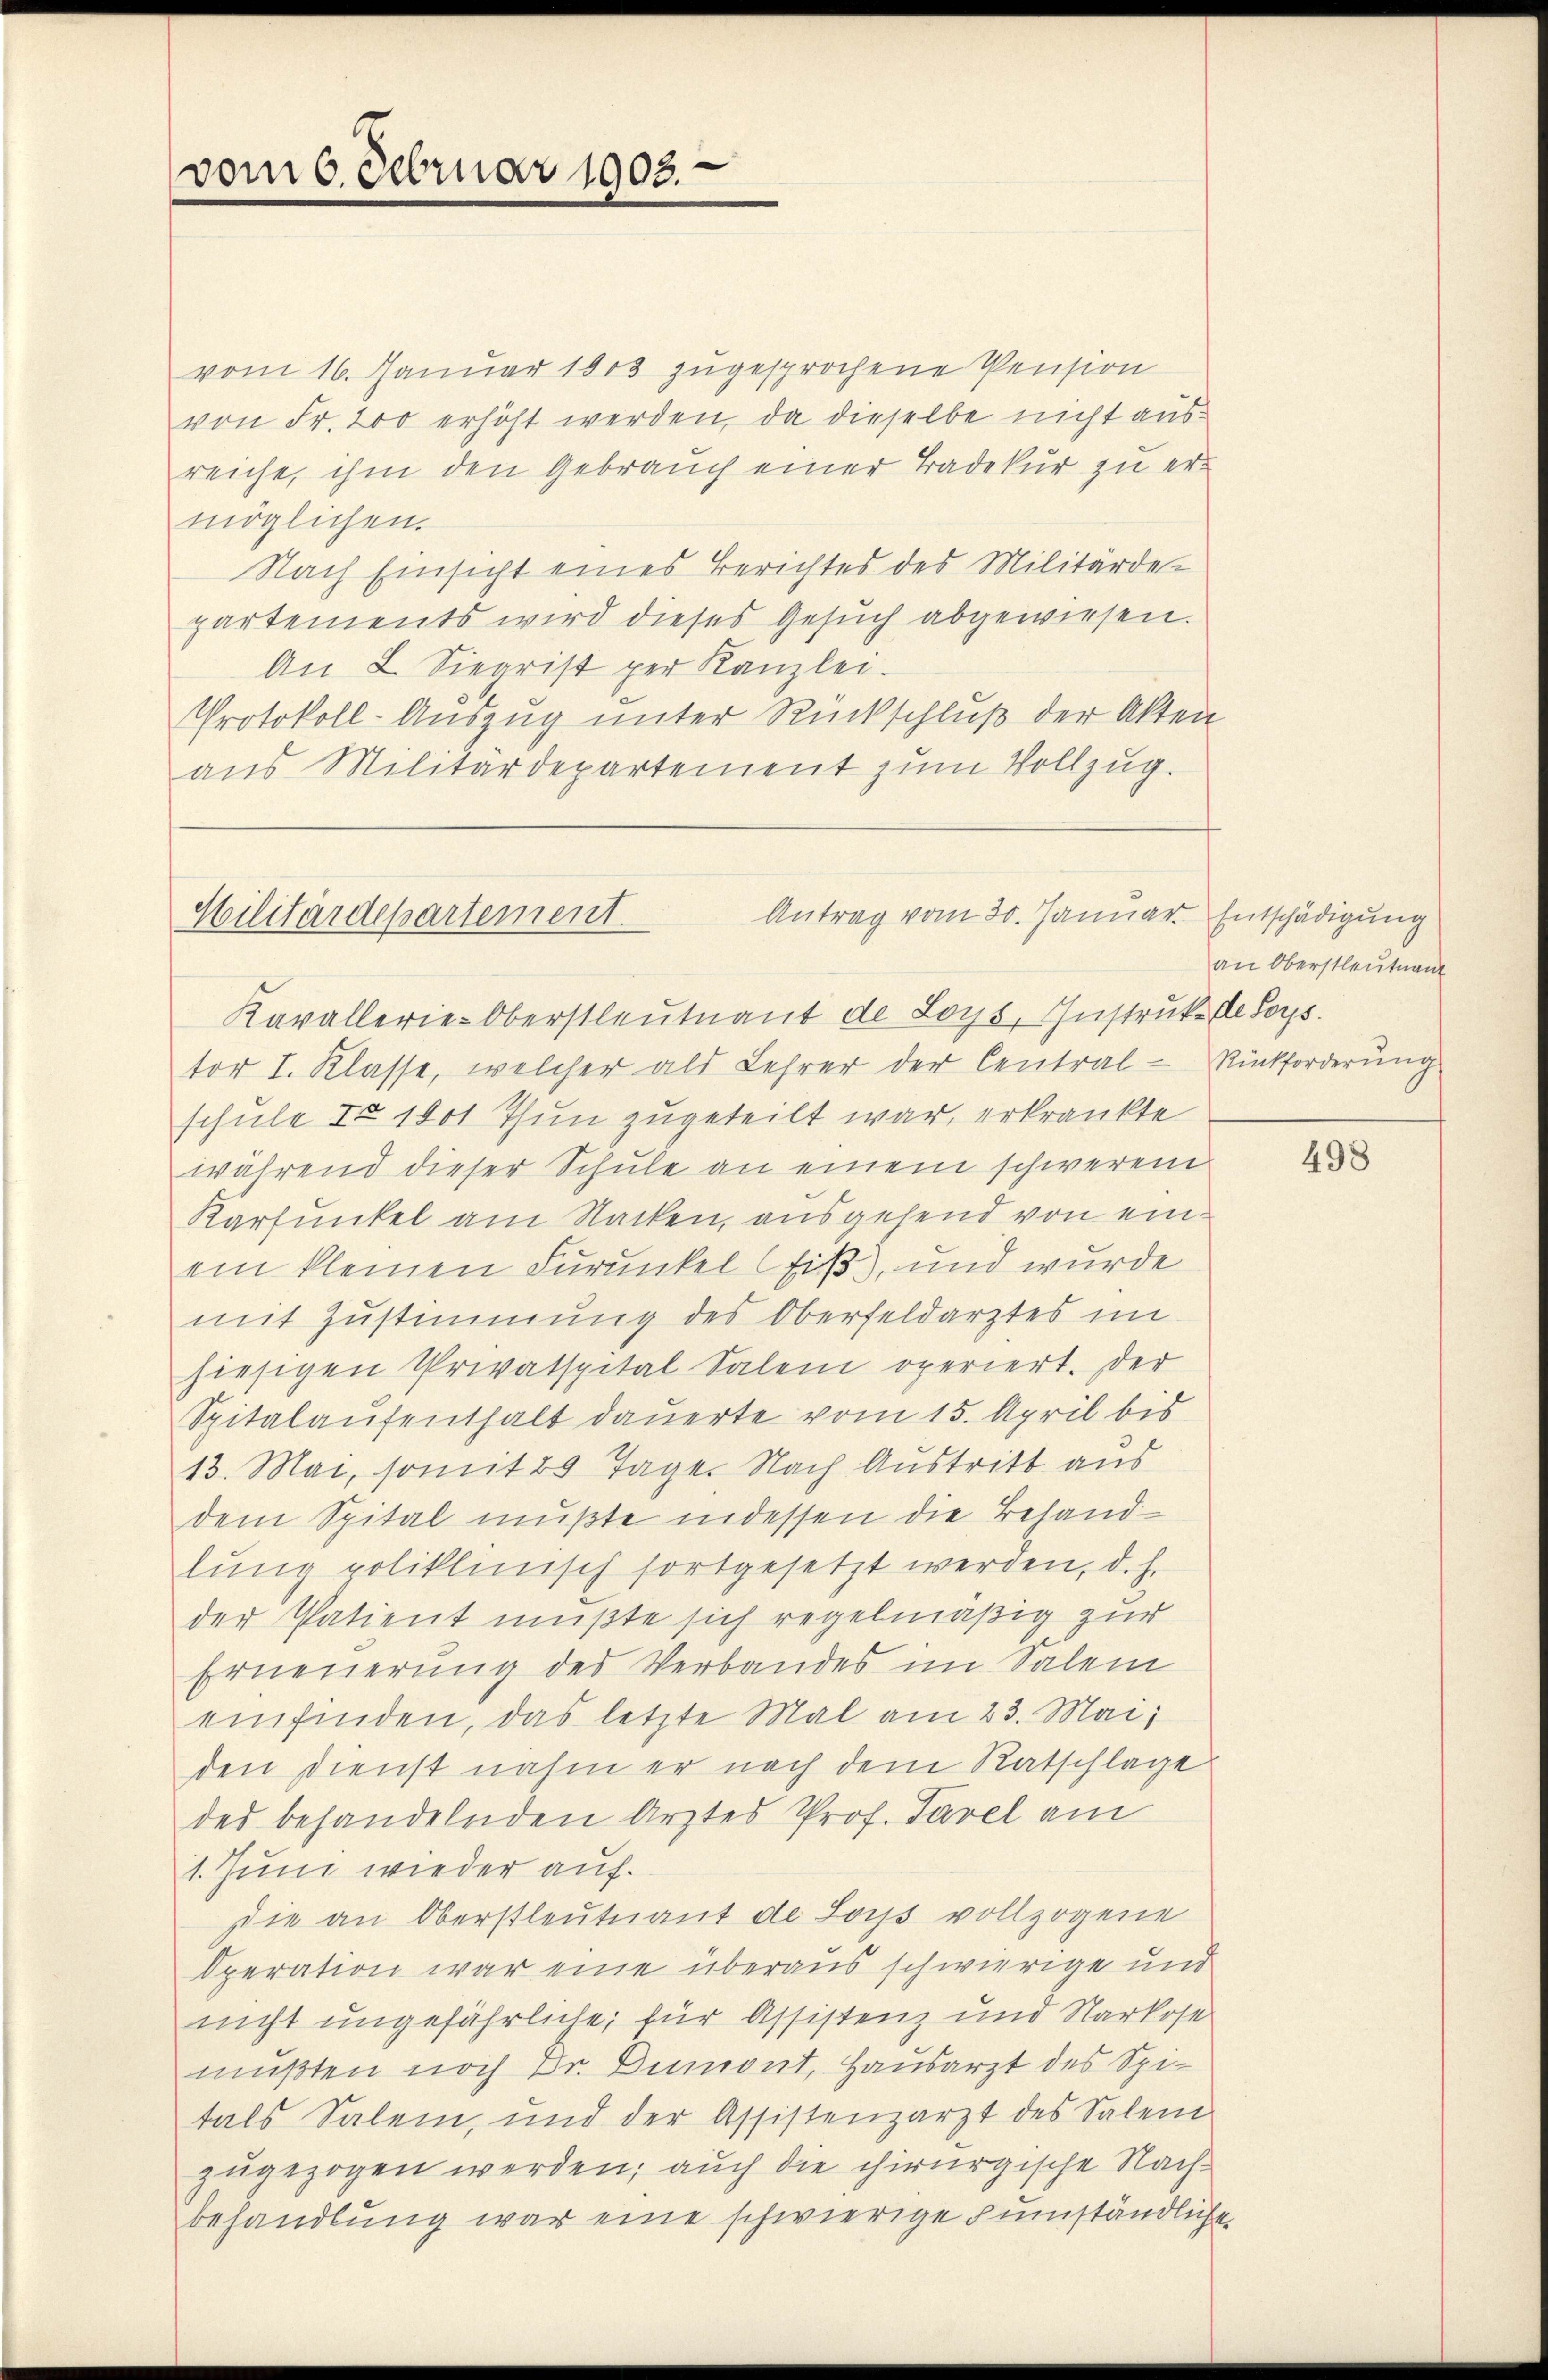
vom 6. Februar 1903.

vom 16. Januar 1803 zugesprochene Pension
von Fr. 200 erhöht werden, da dieselbe nicht ausreiche, ihm den Gebrauch einer Badekur zu ermöglichen.
Nach Einsicht eines Berichtes des Militärde-
partements wird dieses Gesuch abgewiesen.
An 2. Siegrist per Kanzlei.
Protokoll-Auszug unter Rückschluß der Akten
aus Militärdepartement zum Vollzug.

Antrag vom 30. Januar Entschädigung
Militärdepartement.
Kavallerie-Oberstleutnant de Loys, Instrukte Sors.

tor I. Klasse, welcher als Lehrer der Central-Rückforderung
schule No 1001 Thun zugeteilt war, erkränkte
während dieser Schule an einem schweren
Karfunkel am Nacken, ausgesend von einein kleinen Furunkel Eis), und wurde
mit Zustimmung des Oberfeldarztes im
hiesigen Privatspital Salen operiert. Der
Spitalaufenthalt dauerte vom 15. April bis
13. Mai, somit 20 Tage. Nach Austritt aus
dem Spital mußte indessen die Behandlung poliklinisch fortgesetzt werden, d. h.
der Patient mußte sich regelmäßig zur
Erneuerung des Verbandes im Salem
einfinden, das letzte Mal am 23. Mai,
den Dienst nahm er nach dem Ratschlage
des behandelnden Arztes Prof. Tavel am
1. Juni wieder auf
Die an Oberstleutnant de Los vollzogene
Operation war eine überaus schwierige und
nicht ungefährliche, für Assistenz und Narkose
mußten noch Dr. Dumont, Hausarzt des Spitals Salem, und der Assistenzarzt des Salem
zugezogen werden; auch die chirurgische Nachbehandlung war eine schwierige umständliche

an Oberstleutnant

2

498